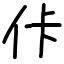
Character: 佧